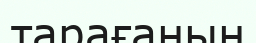
тарағанын